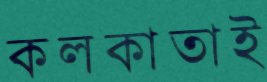
কলকাতাই